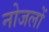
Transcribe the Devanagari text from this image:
नोजलों